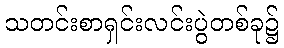
သတင်းစာရှင်းလင်းပွဲတစ်ခု၌